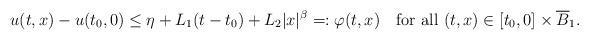
LaTeX: \begin{align*}u(t,x) - u(t_0,0) \le \eta + L_1(t-t_0) + L_2 |x|^\beta =: \varphi(t,x) \quad\mbox{for all }(t,x)\in [t_0,0]\times\overline B_1.\end{align*}